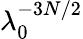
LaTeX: \lambda_{0}^{-3N/2}